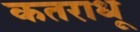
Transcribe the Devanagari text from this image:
कतराधू